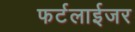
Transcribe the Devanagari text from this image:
फर्टलाईजर